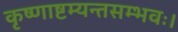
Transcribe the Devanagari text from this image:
कृष्णाष्टम्यन्तसम्भवः।